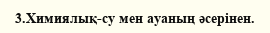
3.Химиялық-су мен ауаның әсерінен.